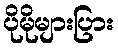
ပိုမိုများပြား